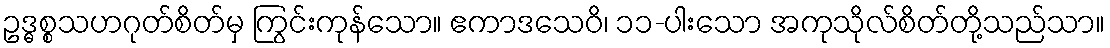
ဥဒ္ဓစ္စသဟဂုတ်စိတ်မှ ကြွင်းကုန်သော။ ဧကာဒသေဝိ၊ ၁၁-ပါးသော အကုသိုလ်စိတ်တို့သည်သာ။